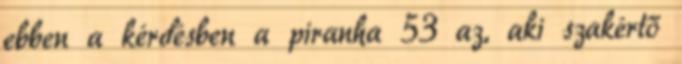
ebben a kérdésben a piranha 53 az, aki szakértő